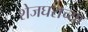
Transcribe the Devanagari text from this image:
शेजघराच्या